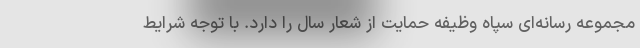
مجموعه رسانه‌ای سپاه وظیفه حمایت از شعار سال را دارد. با توجه شرایط